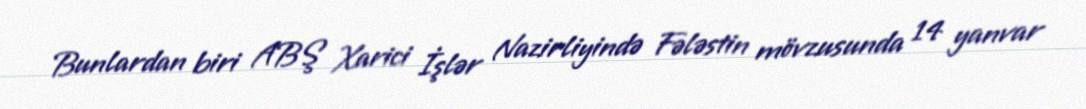
Bunlardan biri ABŞ Xarici İşlər Nazirliyində Fələstin mövzusunda 14 yanvar